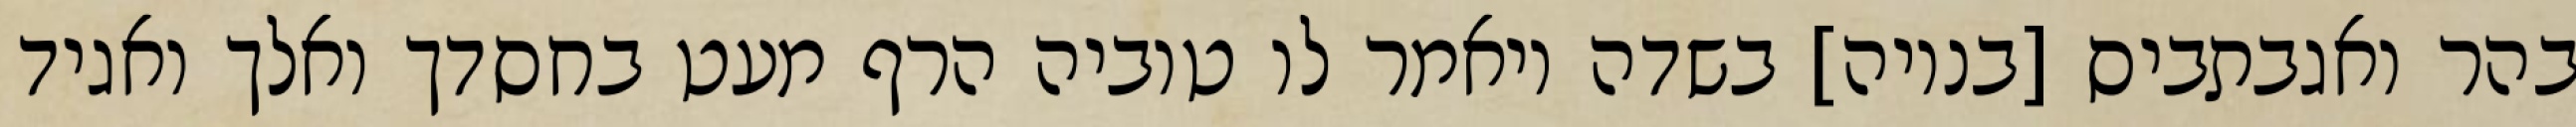
בהר ואגבתביס [בנויה] בשדה ויאמר לו טוביה הרף מעט בחסדך ואלך ואגיד